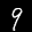
Label: 9